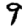
Digit: 9